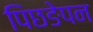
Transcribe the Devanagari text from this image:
पिछङेपन